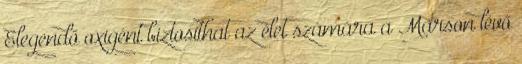
Elegendő oxigént biztosíthat az élet számára a Marson lévő